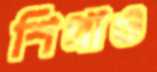
শিখাও